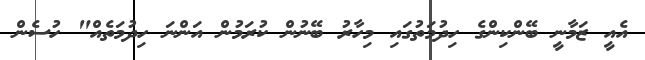
އެއީ ޒަމާނީ ބޭންކިންގެ ހިދުމަތުގައި މިހާރު ބޭނުން ކުރަމުން އަންނަ ހިދުމަތެއް" ހުސެން